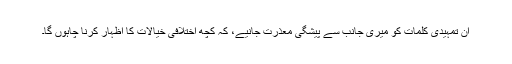
ان تمہیدی کلمات کو میری جانب سے پیشگی معذرت جانیے، کہ کچھ اختلافی خیالات کا اظہار کرنا چاہوں گا۔